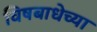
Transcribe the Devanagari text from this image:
विषबाधेच्या